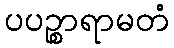
ပပဉ္စာရာမတံ